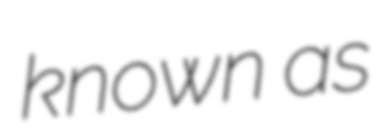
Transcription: known as